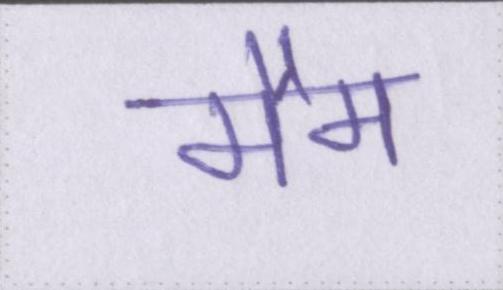
मैम